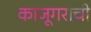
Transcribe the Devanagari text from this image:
काजूगराची